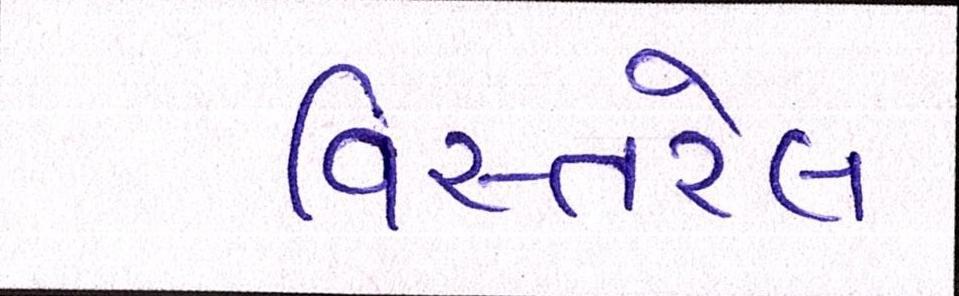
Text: વિસ્તરેલ